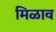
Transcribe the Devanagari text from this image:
मिळाव